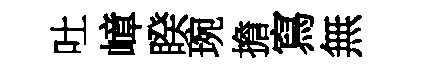
吐嶂睽琬擔寫無